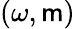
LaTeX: (\omega,\mathsf{m})